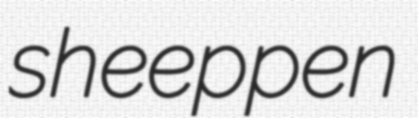
sheeppen